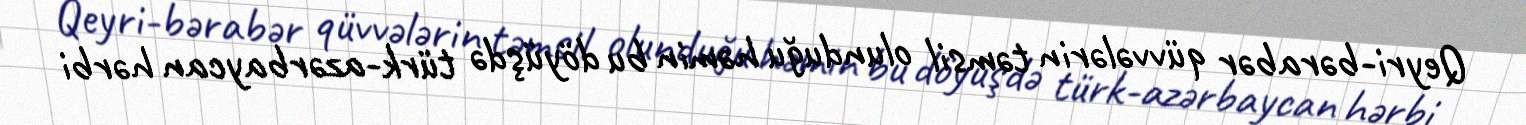
Qeyri-bərabər qüvvələrin təmsil olunduğu həmin bu döyüşdə türk-azərbaycan hərbi